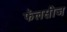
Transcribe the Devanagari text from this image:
फॅलसीज